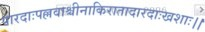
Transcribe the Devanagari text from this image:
पारदाःपल्लवाश्चीनाकिरातादारदाःखशाः।।